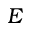
E